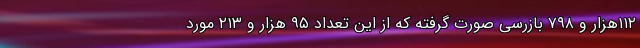
۱۱۲هزار و ۷۹۸ بازرسی صورت گرفته که از این تعداد ۹۵ هزار و ۲۱۳ مورد